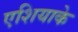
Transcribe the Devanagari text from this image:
एशियाके